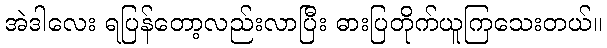
အဲဒါလေး ရပြန်တော့လည်းလာပြီး ဓားပြတိုက်ယူကြသေးတယ်။